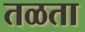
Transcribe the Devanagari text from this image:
तळता